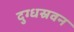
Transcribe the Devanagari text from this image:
दुग्धस्रवन